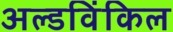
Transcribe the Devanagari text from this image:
अल्डविंकिल